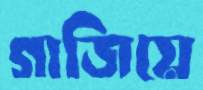
গাজিয়ে